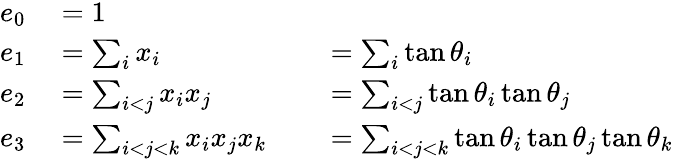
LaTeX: \begin{array}{rlrl}{e_{0}}&{{}=1}\\ {e_{1}}&{{}=\sum_{i}x_{i}}&{}&{{}=\sum_{i}\tan\theta_{i}}\\ {e_{2}}&{{}=\sum_{i<j}x_{i}x_{j}}&{}&{{}=\sum_{i<j}\tan\theta_{i}\tan\theta_{j}}\\ {e_{3}}&{{}=\sum_{i<j<k}x_{i}x_{j}x_{k}}&{}&{{}=\sum_{i<j<k}\tan\theta_{i}\tan\theta_{j}\tan\theta_{k}}\end{array}